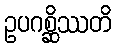
ဥပဂစ္ဆိဿတိ